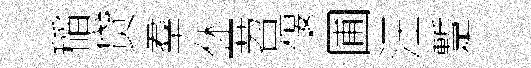
稲贷羣休一苕偃圃汪蹔